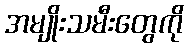
အမျိုးသမီးတွေကို